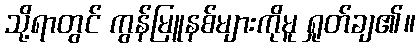
သို့ရာတွင် ကွန်မြူနစ်များကိုမူ ရှုတ်ချ၏။